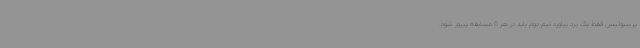
پرسپولیس فقط یک برد بیاورد تیم دوم باید در هر 6 مسابقه پیروز شود.